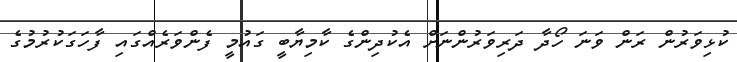
ކުޅިވަރުން ރަން ވަނަ ހޯދާ ދަރިވަރުންނަށް އެކުދިންގެ ކާމިޔާބީ ގައުމީ ފެންވަރެއްގައި ފާހަގަކުރުމުގެ